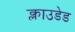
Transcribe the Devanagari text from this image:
क्लाउडेड